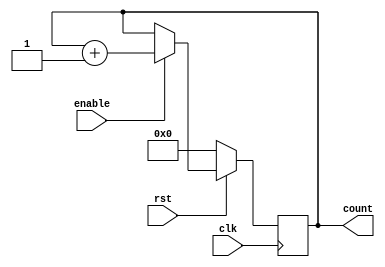

module countersa(clk, rst, enable, count);
input clk, rst, enable;
output reg [7:0]count;
always @(posedge clk)
  begin
    if(rst==0)
      begin
        count<=8'h0;
      end
    else
      begin
        if(enable==1)
          begin
            count<= count+8'h1;
          end
      end
  end
endmodule